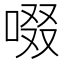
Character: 啜